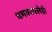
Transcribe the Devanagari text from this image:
धमकावलेही